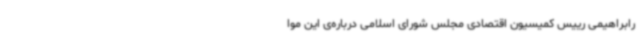
رابراهیمی رییس کمیسیون اقتصادی مجلس شورای اسلامی درباره‌ی این موا